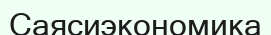
Саясиэкономика